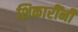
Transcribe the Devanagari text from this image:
शिकारींनी